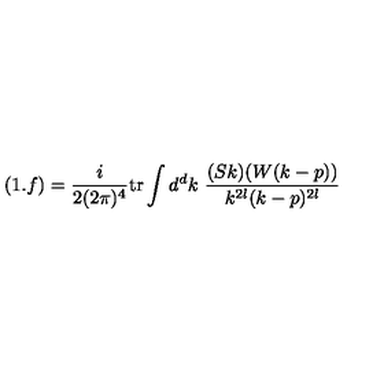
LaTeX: ( 1 . f ) = \frac { i } { 2 ( 2 \pi ) ^ { 4 } } \mathrm { t r } \int d ^ { d } k \ \frac { ( S k ) ( W ( k - p ) ) } { k ^ { 2 l } ( k - p ) ^ { 2 l } }